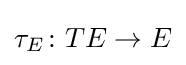
\tau _{E}\colon TE\to E